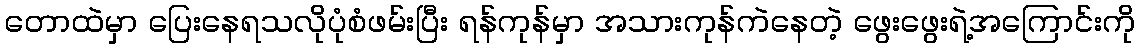
တောထဲမှာ ပြေးနေရသလိုပုံစံဖမ်းပြီး ရန်ကုန်မှာ အသားကုန်ကဲနေတဲ့ ဖွေးဖွေးရဲ့အကြောင်းကို